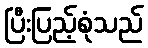
ပြီးပြည့်စုံသည်